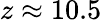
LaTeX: z\approx 10.5